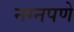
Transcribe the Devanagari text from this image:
नग्नपणे